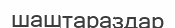
шаштараздар